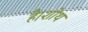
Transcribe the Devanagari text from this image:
है।शोथ